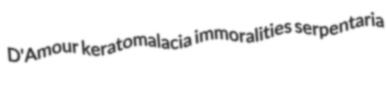
D'Amour keratomalacia immoralities serpentaria